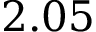
2 . 0 5